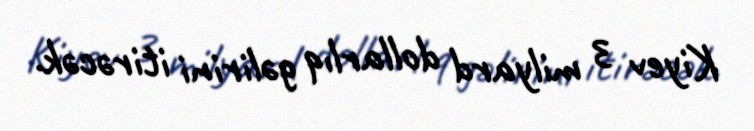
Kiyev 3 milyard dollarlıq gəlirini itirəcək.